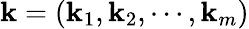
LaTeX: \mathbf{k}=\left(\mathbf{k}_{1},\mathbf{k}_{2},\cdots,\mathbf{k}_{m}\right)